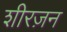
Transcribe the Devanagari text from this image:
शीरज़न